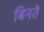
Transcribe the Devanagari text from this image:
बिनते